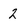
Character: 2